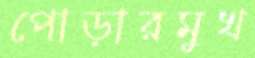
পোড়ারমুখ